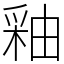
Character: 釉